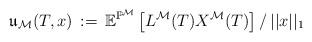
LaTeX: \begin{align*}\mathfrak{u}_{\mathcal{M}}(T, x) \,:= \,\mathbb{E}^{\mathbb{P}^{\mathcal{M}}} \left[L^{\mathcal{M}}(T)X^{\mathcal{M}}(T)\right] /\, ||x||_1\end{align*}